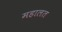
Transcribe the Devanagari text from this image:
महालत